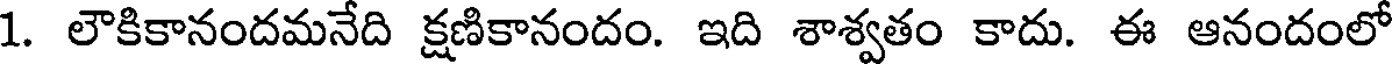
1. లౌకికానందమనేది క్షణికానందం. ఇది శాశ్వతం కాదు. ఈ ఆనందంలో